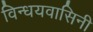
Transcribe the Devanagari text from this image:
विन्धयवासिनी